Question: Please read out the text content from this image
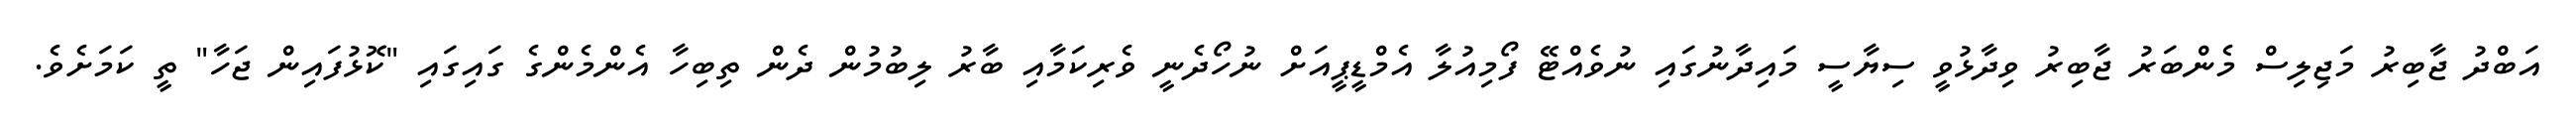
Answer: އަބްދު ޖާބިރު މަޖިލިސް މެންބަރު ޖާބިރު ވިދާޅުވީ ސިޔާސީ މައިދާނުގައި ނުވެއްޓޭ ފޯމިއުލާ އެމްޑީޕީއަށް ނުހޯދެނީ ވެރިކަމާއި ބާރު ލިބުމުން ދެން ތިބިހާ އެންމެންގެ ގައިގައި "ކޮޅުފައިން ޖަހާ" ތީ ކަމަށެވެ.